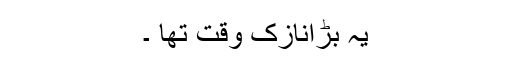
یہ بڑانازک وقت تھا ۔